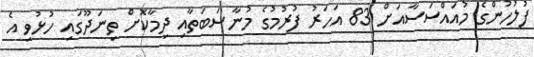
ފުލުހުންގެ މުއައްސަސާއަށް 83 އަހަރު ފުރުމުގެ މުނާސަބަތާއި ދިމާކޮށް ތިނަދޫގައި ހުޅުވި އެ